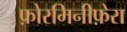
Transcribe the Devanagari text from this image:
फ़ोरमिनीफ़ेरा